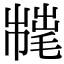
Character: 𢅇